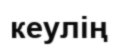
кеулің